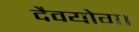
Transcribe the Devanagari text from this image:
दैवयोग।